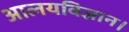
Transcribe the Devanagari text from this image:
आलयविज्ञान।